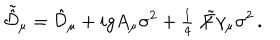
LaTeX: \tilde { \hat { \cal D } } _ { \mu } = \hat { \cal D } _ { \mu } + i g A _ { \mu } \sigma ^ { 2 } + { \textstyle \frac { 1 } { 4 } } \not \! \tilde { F } \gamma _ { \mu } \sigma ^ { 2 } \, .